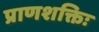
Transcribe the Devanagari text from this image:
प्राणशक्तिः